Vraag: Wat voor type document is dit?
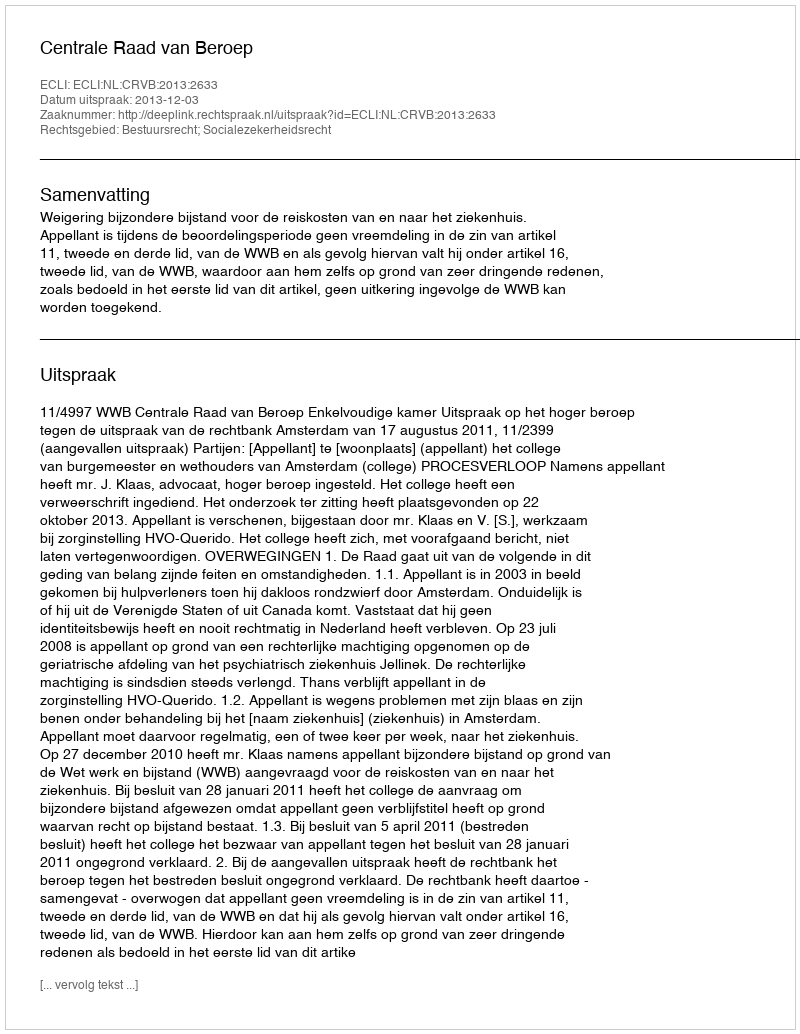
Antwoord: Uitspraak